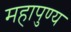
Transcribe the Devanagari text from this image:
महापुण्य